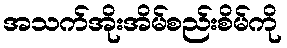
အသက်အိုးအိမ်စည်းစိမ်ကို